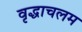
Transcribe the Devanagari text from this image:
वृद्धाचलम